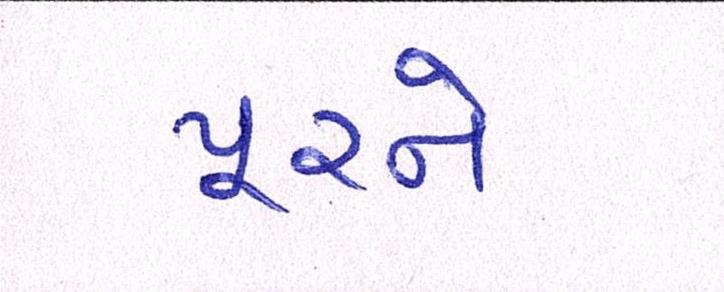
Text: પૂરને